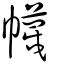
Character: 簚